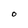
Character: 0